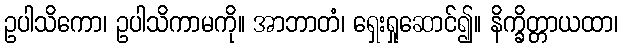
ဥပါသိကော၊ ဥပါသိကာမကို။ အာဘာတံ၊ ရှေးရှုဆောင်၍။ နိက္ခိတ္တာယထာ၊